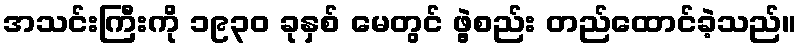
အသင်းကြီးကို ၁၉၃၀ ခုနှစ် မေတွင် ဖွဲ့စည်း တည်ထောင်ခဲ့သည်။